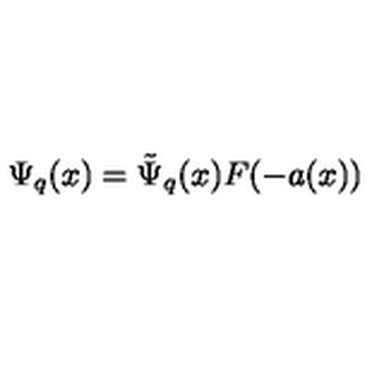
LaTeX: \Psi _ { q } ( x ) = \tilde { \Psi } _ { q } ( x ) F ( - a ( x ) )